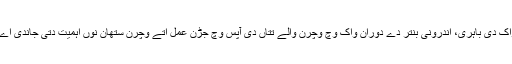
واک دی باہری، اندرونی بنتر دے دوران واک وچ وچرن والے تتاں دی آپس وچ جڑن عمل اتے وچرن ستھان نوں اہمیت دتی جاندی اے ۔